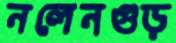
নলেনগুড়